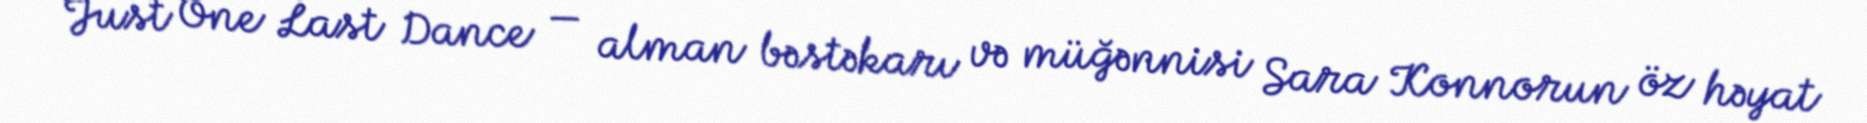
Just One Last Dance — alman bəstəkarı və müğənnisi Sara Konnorun öz həyat